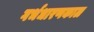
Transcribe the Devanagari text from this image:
गर्भधारणकाल